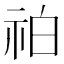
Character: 𥙃